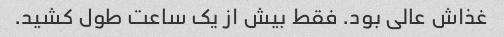
غذاش عالى بود. فقط بیش از یک ساعت طول کشید.